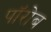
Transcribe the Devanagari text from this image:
पॉरोब